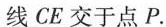
线CE交于点P.